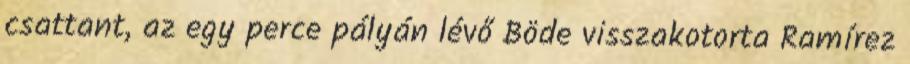
csattant, az egy perce pályán lévő Böde visszakotorta Ramírez